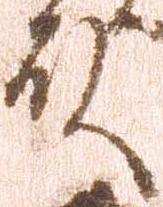
殿